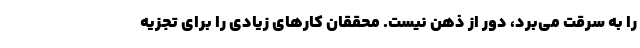
را به سرقت می‌برد، دور از ذهن نیست. محققان کارهای زیادی را برای تجزیه